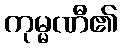
ကုမ္မဏီ၏